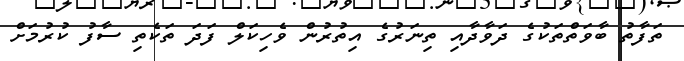
ތަފާތު ބާވަތްތަކުގެ ދަވާދާއި ތިނަރުގެ އިތުރުން ވެހިކަލް ފަދަ ތަކެތި ސާފު ކުރުމަށް